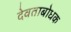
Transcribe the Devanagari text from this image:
देवताबोधक